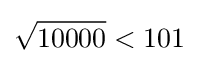
{\sqrt {10000}}<101